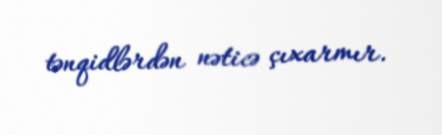
tənqidlərdən nəticə çıxarmır.